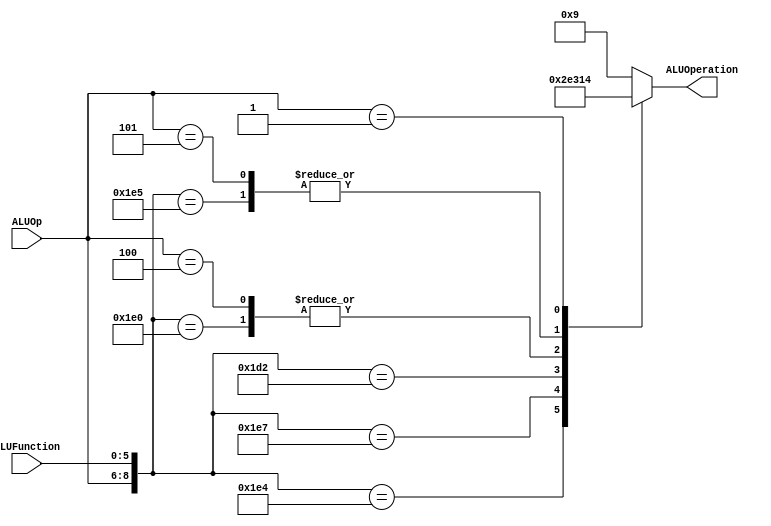
/******************************************************************
* Description
*	This is the control unit for the ALU. It receves an signal called 
*	ALUOp from the control unit and a signal called ALUFunction from
*	the intrctuion field named function.
* Version:
*	1.0
* Author:
*	Dr. Jos Luis Pizano Escalante
* email:
*	luispizano@iteso.mx
* Date:
*	01/03/2014
******************************************************************/
module ALUControl
(
	input [2:0] ALUOp,
	input [5:0] ALUFunction,
	output [3:0] ALUOperation

);

localparam R_Type_AND    = 9'b111_100100;
localparam R_Type_OR     = 9'b111_100101;
localparam R_Type_NOR    = 9'b111_100111;
localparam R_Type_ADD    = 9'b111_100000;

localparam R_Type_MULT	 = 9'b111_010010;

localparam I_Type_ADDI   = 9'b100_xxxxxx;
localparam I_Type_ORI    = 9'b101_xxxxxx;
localparam BEQ_AND_BNE   = 9'b001_xxxxxx;

reg [3:0] ALUControlValues;
wire [8:0] Selector;

assign Selector = {ALUOp,ALUFunction};

always@(Selector)begin
	casex(Selector)
		R_Type_AND:    ALUControlValues = 4'b0000;
		R_Type_OR: 		ALUControlValues = 4'b0001;
		R_Type_NOR:    ALUControlValues = 4'b0010;
		R_Type_ADD:    ALUControlValues = 4'b0011;
		
		R_Type_MULT: 	ALUControlValues = 4'b1110;
		
		I_Type_ADDI:   ALUControlValues = 4'b0011;
		I_Type_ORI:    ALUControlValues = 4'b0001;
		BEQ_AND_BNE:   ALUControlValues = 4'b0100;
		default: ALUControlValues = 4'b1001;
	endcase
end


assign ALUOperation = ALUControlValues;

endmodule